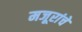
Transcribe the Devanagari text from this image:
मजूरांचे